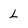
Character: L